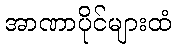
အာဏာပိုင်များထံ